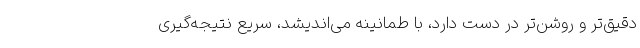
دقیق‌تر و روشن‌تر در دست دارد، با طمانینه می‌اندیشد، سریع نتیجه‌گیری